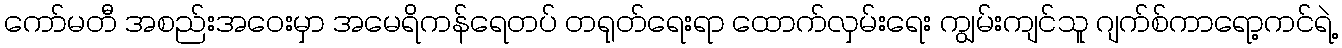
ကော်မတီ အစည်းအဝေးမှာ အမေရိကန်ရေတပ် တရုတ်ရေးရာ ထောက်လှမ်းရေး ကျွမ်းကျင်သူ ဂျက်စ်ကာရော့ကင်ရဲ့